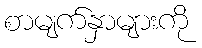
စာမျက်နှာများကို